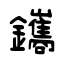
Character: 鑴